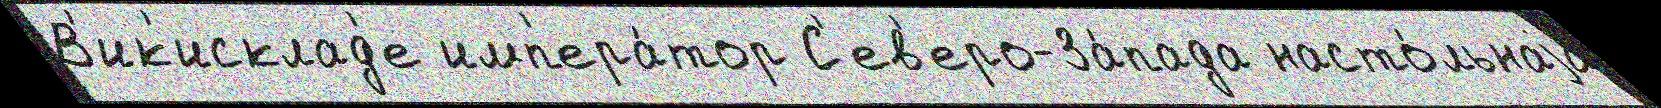
В'ик'исклад'е имп'ера́тор С'ев'еро-За́пада насто́льнаjа